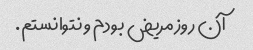
آن روز مریض بودم و نتوانستم.